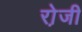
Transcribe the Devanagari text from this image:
रो़जी